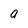
Character: a